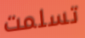
تسلمت